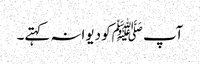
آپ ﷺکو دیوانہ کہتے۔